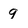
Character: g